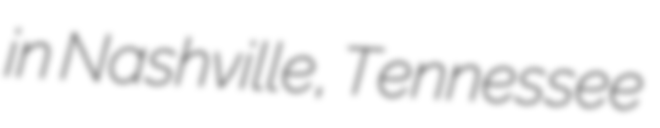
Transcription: in Nashville, Tennessee